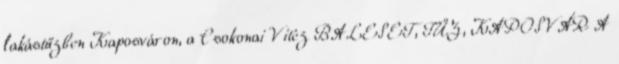
lakástűzben Kaposváron, a Csokonai Vitéz BALESET, TŰZ, KAPOSVÁR A